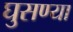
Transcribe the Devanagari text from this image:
घुसण्या